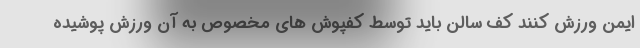
ایمن ورزش کنند کف سالن باید توسط کفپوش های مخصوص به آن ورزش پوشیده